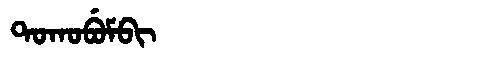
Manchu: ᡨᠣᡴᠣᠪᡠᠮᠪᡳ
Romanization: TOKOBUMBI